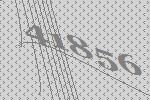
41856